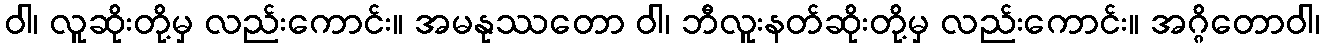
ဝါ၊ လူဆိုးတို့မှ လည်းကောင်း။ အမနုဿတော ဝါ၊ ဘီလူးနတ်ဆိုးတို့မှ လည်းကောင်း။ အဂ္ဂိတောဝါ၊